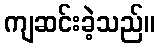
ကျဆင်းခဲ့သည်။